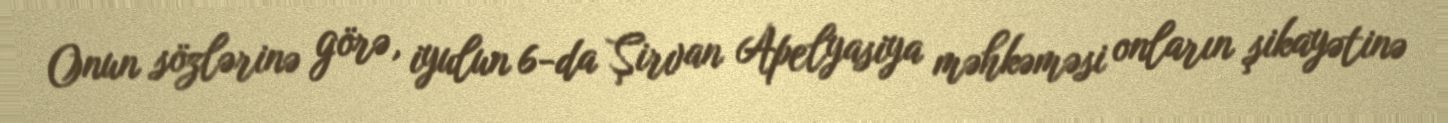
Onun sözlərinə görə, iyulun 6-da Şirvan Apelyasiya məhkəməsi onların şikayətinə